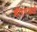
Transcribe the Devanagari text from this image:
डीएनआई